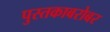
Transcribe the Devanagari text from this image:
पुस्तकाबरोबर